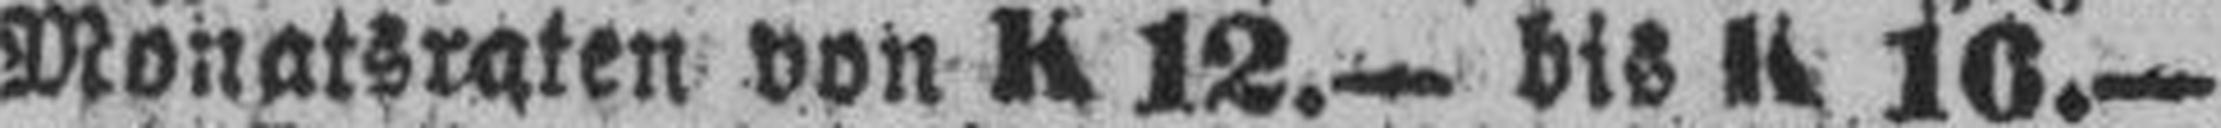
Monatsraten von K 12.— bis K 16.—